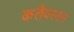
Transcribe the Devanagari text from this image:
कलैयरसन